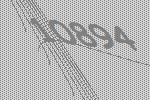
10894